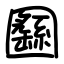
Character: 㘥